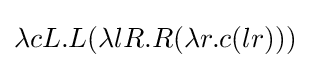
\lambda cL.L(\lambda lR.R(\lambda r.c(lr)))